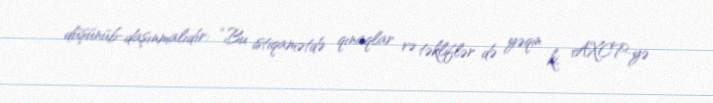
düşünüb-daşınmalıdır: “Bu istiqamətdə qınaqlar və təkliflər də yəqin ki, AXCP-yə